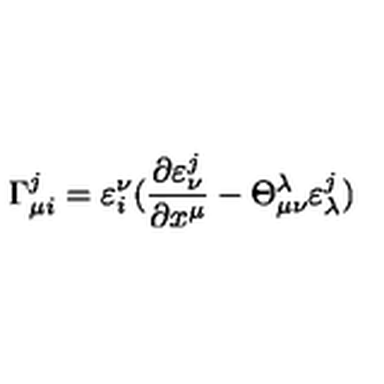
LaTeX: \Gamma _ { \mu i } ^ { j } = \varepsilon _ { i } ^ { \nu } ( \frac { \partial \varepsilon _ { \nu } ^ { j } } { \partial x ^ { \mu } } - \Theta _ { \mu \nu } ^ { \lambda } \varepsilon _ { \lambda } ^ { j } )